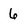
Character: 6